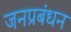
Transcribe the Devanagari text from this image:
जनप्रबंधन